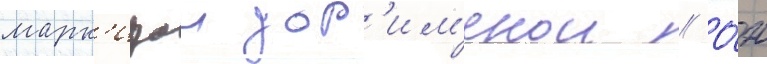
марк'изои дор'им'енои // О́н